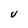
Character: U